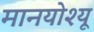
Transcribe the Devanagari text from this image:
मानयोश्यू